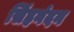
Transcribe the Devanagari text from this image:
सिंहनंदन